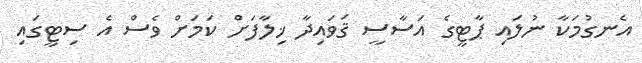
އެނގުމަކާ ނުލައި ޕާޓީގެ އަސާސީ ޤަވައިދާ ޚިލާފަށް ކަމަށް ވެސް އެ ސިޓީގައި